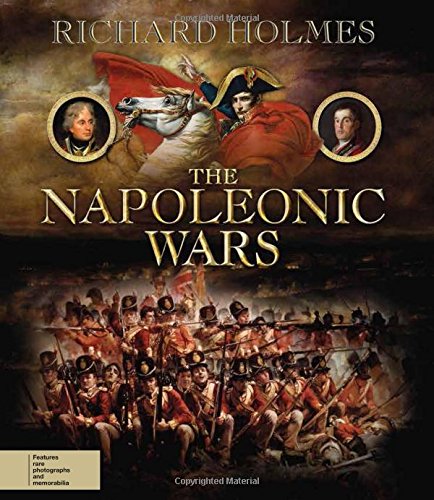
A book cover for The Napoleonic Wars; Richard Holmes; History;